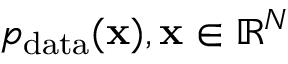
p _ { \mathrm { d a t a } } ( \mathbf { x } ) , \mathbf { x } \in \mathbb { R } ^ { N }